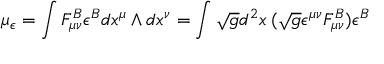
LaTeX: \mu _ { \epsilon } = \int F _ { \mu \nu } ^ { B } \epsilon ^ { B } d x ^ { \mu } \wedge d x ^ { \nu } = \int \sqrt { g } d ^ { 2 } x \: ( \sqrt { g } \epsilon ^ { \mu \nu } F _ { \mu \nu } ^ { B } ) \epsilon ^ { B }